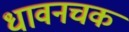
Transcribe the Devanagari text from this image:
धावनचक